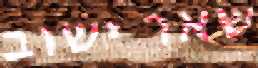
שאר ישוב